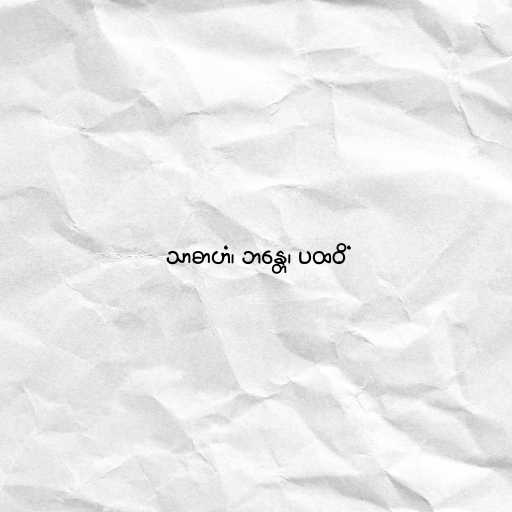
သာဓာဟံ၊ ဘန္တေ၊ ပထဝိံ